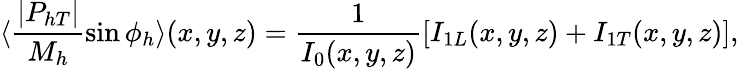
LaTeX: \langle\frac{\vert P_{hT}\vert}{M_{h}}\sin\phi_{h}\rangle(x,y,z)={\frac{1}{I_{0}(x,y,z)}}[I_{1L}(x,y,z)+I_{1T}(x,y,z)],